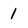
Character: 1